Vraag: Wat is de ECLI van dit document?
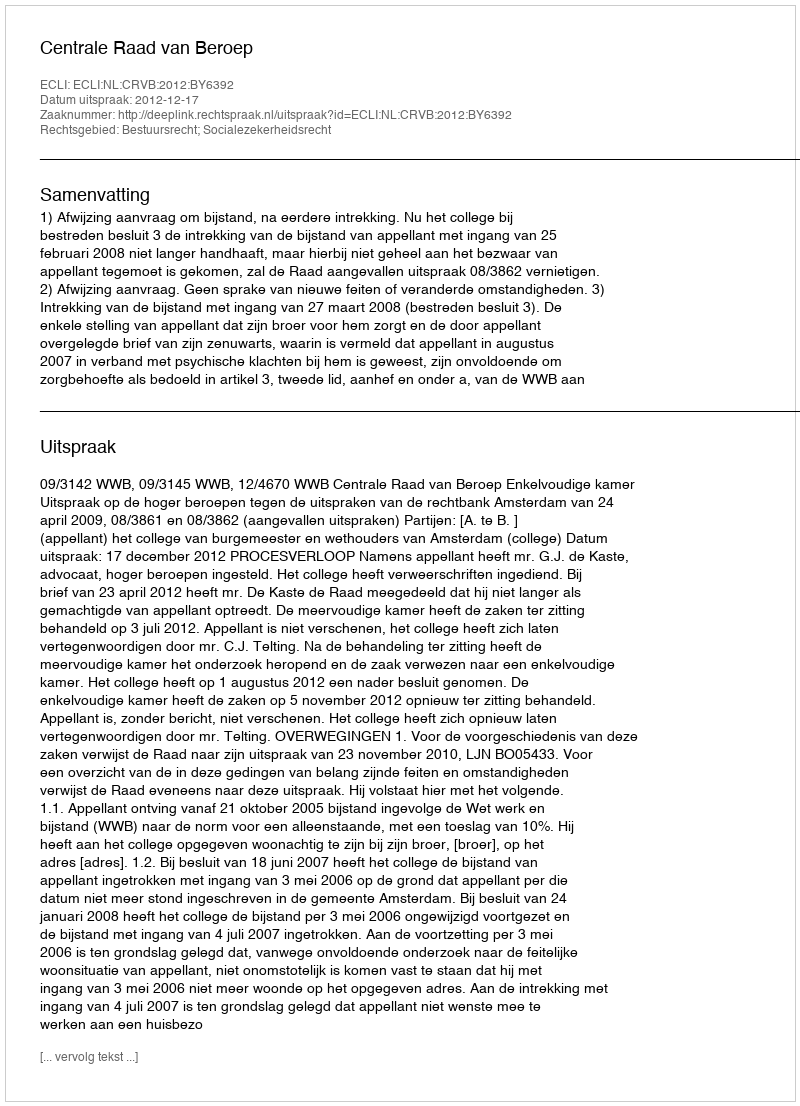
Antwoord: ECLI:NL:CRVB:2012:BY6392